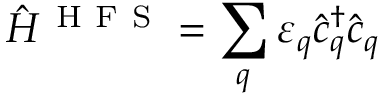
{ \hat { H } } ^ { \mathrm { ~ H ~ F ~ S ~ } } = \sum _ { q } { \varepsilon } _ { q } { \hat { c } ^ { \dagger } } _ { q } { \hat { c } } _ { q }